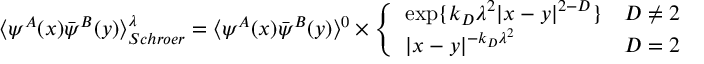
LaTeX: \langle \psi ^ { A } ( x ) \bar { \psi } ^ { B } ( y ) \rangle _ { S c h r o e r } ^ { \lambda } = \langle \psi ^ { A } ( x ) \bar { \psi } ^ { B } ( y ) \rangle ^ { 0 } \times \left\{ \begin{array} { l l } { { \exp \{ k _ { D } \lambda ^ { 2 } | x - y | ^ { 2 - D } \} } } & { { D \neq 2 } } \\ { { | x - y | ^ { - k _ { D } \lambda ^ { 2 } } } } & { { D = 2 } } \end{array} \right.